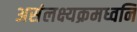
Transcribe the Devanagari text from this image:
असंलक्ष्यक्रमध्वनि